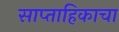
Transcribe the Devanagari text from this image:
साप्‍ताहिकाचा